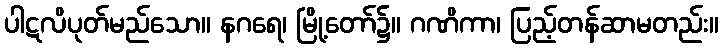
ပါဋလိပုတ်မည်သော။ နဂရေ၊ မြို့တော်၌။ ဂဏိကာ၊ ပြည့်တန်ဆာမတည်း။